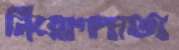
নিয়োগদাতা